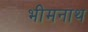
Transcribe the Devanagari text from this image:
भीमनाथ